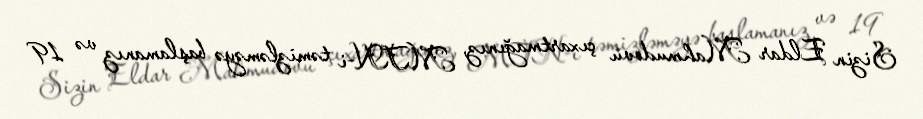
Sizin Eldar Mahmudovu çıxartmağınız, MTN-i təmizləməyə başlamanız və 19